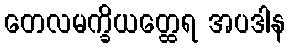
တေလမက္ခိယတ္ထေရ အပဒါန